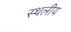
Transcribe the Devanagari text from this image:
स्‍थलीय